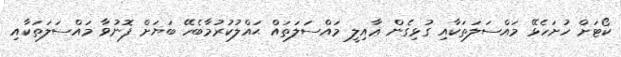
ކޯޓަށް ހުށަހެޅޭ މައްސަލަތަކާއި ގުޅިގެން ޢާއިލީ މައްސަލަތައް ޙައްލުކުރުމާބެހޭ ބަޔަށް ފޮނުވާ މައްސަލަތަކާއި